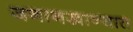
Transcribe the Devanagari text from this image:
जनानखान्यात